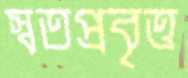
স্বতপ্রবৃত্ত